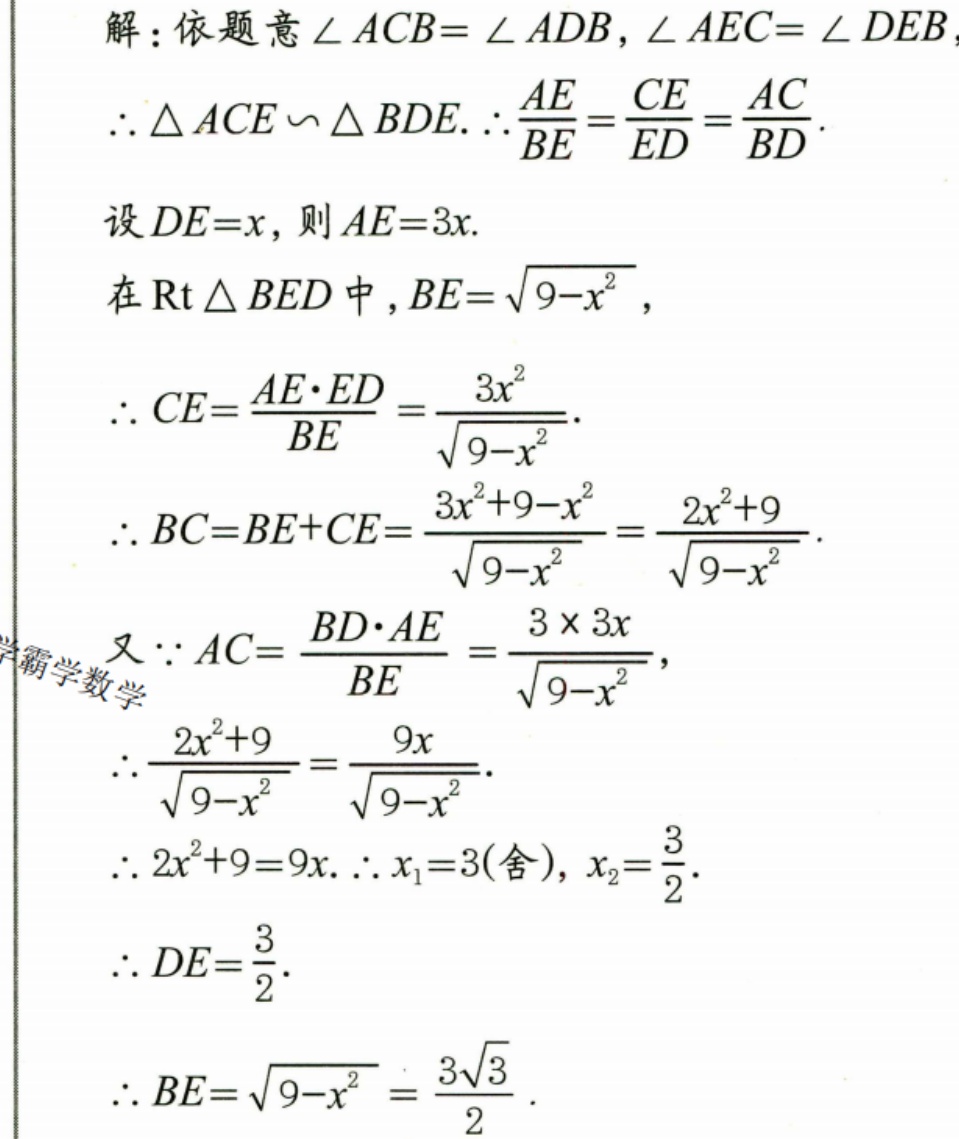
解：依题意\(\angle ACB = \angle ADB\)，\(\angle AEC = \angle DEB\)，
\(\therefore \triangle ACE\backsim\triangle BDE.\therefore\frac{AE}{BE}=\frac{CE}{ED}=\frac{AC}{BD}\).
设\(DE = x\)，则\(AE = 3x\).
在\(\text{Rt}\triangle BED\)中，\(BE=\sqrt{9 - x^{2}}\)，
\(\therefore CE=\frac{AE\cdot ED}{BE}=\frac{3x^{2}}{\sqrt{9 - x^{2}}}\).
\(\therefore BC = BE + CE=\frac{3x^{2}+9 - x^{2}}{\sqrt{9 - x^{2}}}=\frac{2x^{2}+9}{\sqrt{9 - x^{2}}}\).
又\(\because AC=\frac{BD\cdot AE}{BE}=\frac{3\times3x}{\sqrt{9 - x^{2}}}\)，
\(\therefore\frac{2x^{2}+9}{\sqrt{9 - x^{2}}}=\frac{9x}{\sqrt{9 - x^{2}}}\).
\(\therefore 2x^{2}+9 = 9x.\therefore x_{1}=3(\text{舍})\)，\(x_{2}=\frac{3}{2}\).
\(\therefore DE=\frac{3}{2}\).
\(\therefore BE=\sqrt{9 - x^{2}}=\frac{3\sqrt{3}}{2}\).